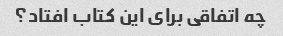
چه اتفاقی برای این کتاب افتاد؟